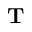
\mathbf { T }